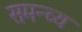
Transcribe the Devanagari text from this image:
समन्व्य